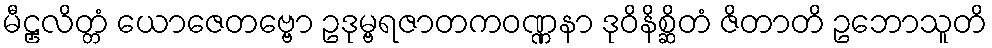
မီဠှလိတ္တံ ယောဇေတဗ္ဗော ဥဒုမ္ဗရဇာတကဝဏ္ဏနာ ဒုဝိနိစ္ဆိတံ ဇိတာတိ ဥဘောသူတိ